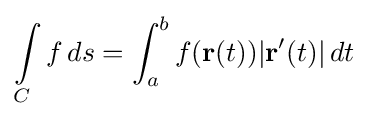
\int \limits _{C}f\,ds=\int _{a}^{b}f(\mathbf {r} (t))|\mathbf {r} '(t)|\,dt